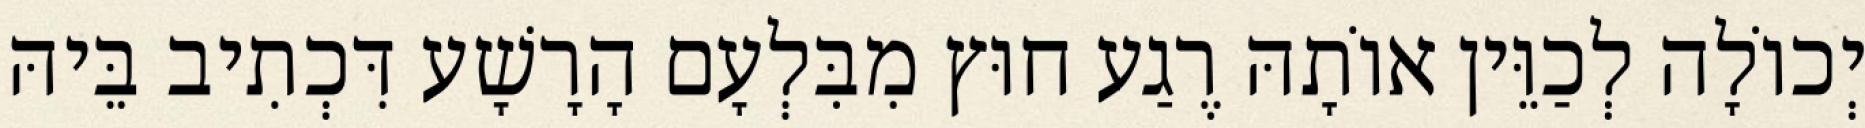
יְכוֹלָה לְכַוֵּין אוֹתָהּ רֶגַע חוּץ מִבִּלְעָם הָרָשָׁע דִּכְתִיב בֵּיהּ